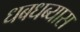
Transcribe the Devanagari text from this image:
धबधब्यास